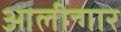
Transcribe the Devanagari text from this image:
आलीन्गार